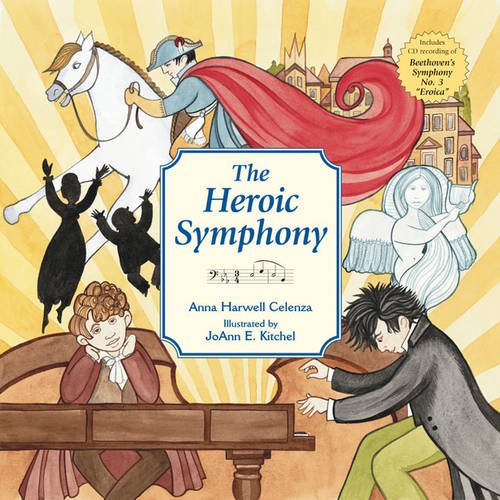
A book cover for The Heroic Symphony; Anna Harwell Celenza; Children's Books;